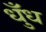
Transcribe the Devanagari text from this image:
धुँध